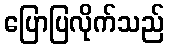
ပြောပြလိုက်သည်